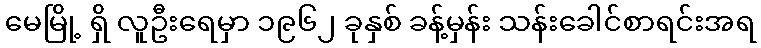
မေမြို့ ရှိ လူဦးရေမှာ ၁၉၆၂ ခုနှစ် ခန့်မှန်း သန်းခေါင်စာရင်းအရ